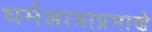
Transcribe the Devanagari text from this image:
धर्मशात्राप्रमाणे